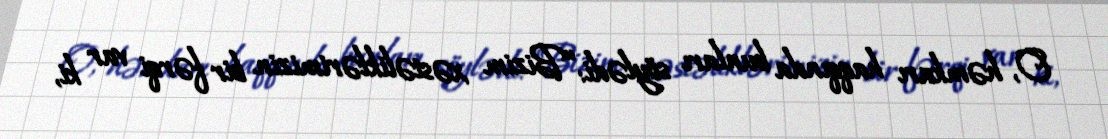
O, həmkarı haqqında bunları söylədi: “Bizim xəstəliklərimizin bir fərqi var ki,